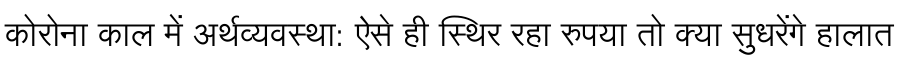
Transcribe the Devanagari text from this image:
कोरोना काल में अर्थव्यवस्था: ऐसे ही स्थिर रहा रुपया तो क्या सुधरेंगे हालात